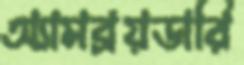
অ্যামব্রয়ডারি